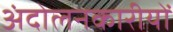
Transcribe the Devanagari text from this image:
अंदोलनकारीयों